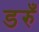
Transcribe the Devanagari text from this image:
डरुँ